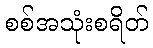
စစ်အသုံးစရိတ်